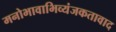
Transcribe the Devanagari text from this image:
मनोभावाभिव्यंजकतावाद